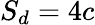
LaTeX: S_{d}=4c